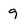
Character: 9